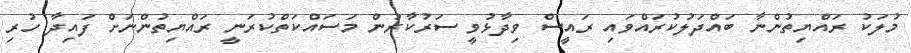
މުލަކު ރައްޔިތުންނާ ބައްދަލުކުރައްވައި ރައީސް ވިދާޅުވީ ސަރުކާރުން މަސައްކަތްކުރަނީ ރައްޔިތުންނަށް ފައިދާ ހުރި